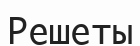
Решеты